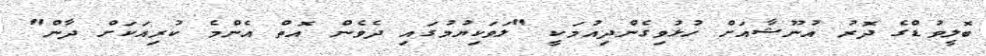
ބޮލީވުޑްގެ ދޮރު އުނޫޝާއަށް ހުޅުވިގެންދިއުމަކީ "ލަވަކިޔުމުގައި ދެވެން އޮތް އެންމެ ކުރިއަކަށް ދާން"